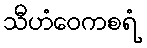
သီဟံဝေကစရံ